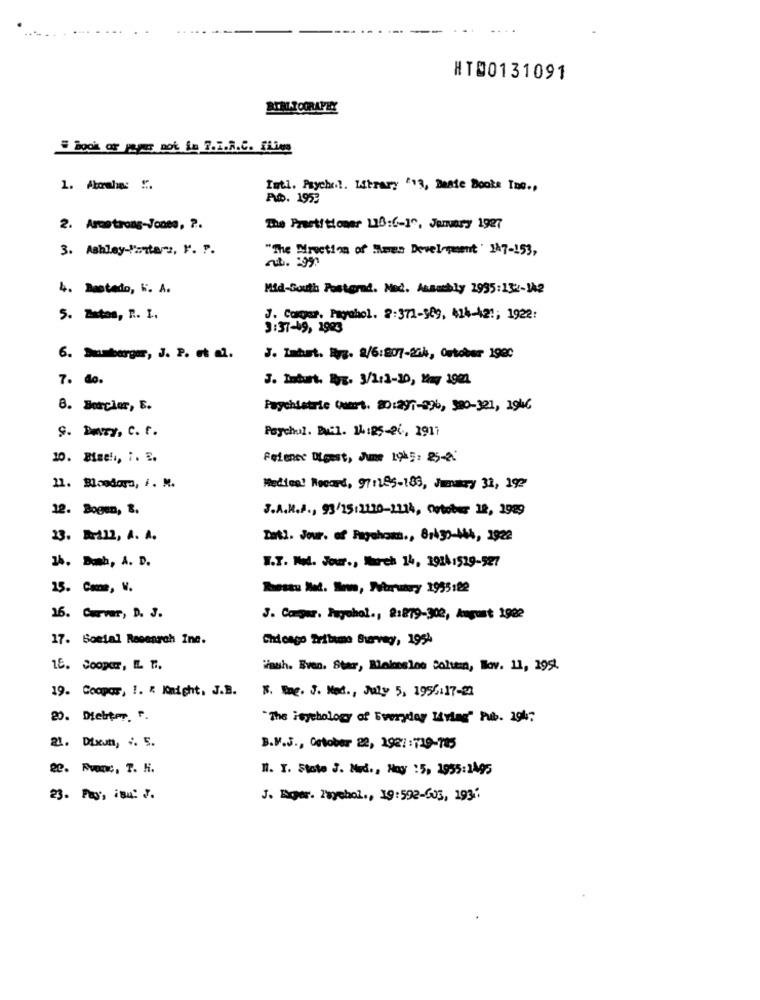
HT00131091
RIALTOORAPEY
# book of paper not in 7.i.R.C. Flies
Istl. Paychel. Library /13, Dasie Books Tme .,
AND. 1953
2. Arcotrong-Jones, ?.
The Practitioner 110:(-1℃, January 1927
3. Ashley-Pintarz, V. P.
"The Direction of Times Development' 147-153,
nt. 99
4. Destado, K. A.
Mid-South Pastoral. Med. Asambly 2935:132-12
5. Zatos, R. I.
J. Comper. Payshol. 2:371-589, 424-421; 1922:
3:37-49, 2983
6. Sumbarger, J. P. et al.
J. Tahat. Ryz. 2/6:807-204, October 1980
7. do.
J. Enturt. B3. 3/2:3-30, May 1921
8. Borclar, E.
Psychiatrie Quart. 20:291-996, 380-301, 19kč
S. P. C. t.
Paychol. Bu:l. 14:25-26, 1917
10. Beel, i. E.
Feience Digest, June 1915: 23-20
11. Bloodora, i. M.
Medical Record, 971285-183, Jmmary 31, 192
12. Bogen, B.
J.A.R.A ., 93/15/2210-1214, October 19, 1989
23. BrAll, A. A.
Intl. Jour. of Pagohans ., 8143)-M44, 1922
14. Doch, A. D.
W.T. Mol. Jour ., March 14, 1914:519-927
15. Come, V.
Kessu Met. Imw, Murrutry 2955182
16. Carvar, D. J.
J. Congar. Tuyohol ., 8:879-302, August 1902
17. Social Research Inc.
Chicago Tribune Burvagy, 1954
15. Cooper, E. M.
muh. Even, Star, Blakeslee Soltera, Bov. 11, 1954.
19. Coopor, !. " Knight. J.B.
B. Eng. J. Med ., July 5, 1956:17-22
20. Debter. F.
"The isychology of Everyday Intag" Pub. 194;
21. Dixum, ;. 5.
B.M.J ., October 22, 1981:729-785
2. Frec, T. H.
1. I. State J. Med ., May :5, 1955:1495
23. Pay, isu .
J. Eger. Payehol ., 19:592-605, 193."